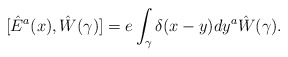
\begin{align*}[\hat{E}^a(x), \hat{W} (\gamma)] = e \int_\gamma \delta(x - y) dy^a \hat{W}(\gamma) .\end{align*}